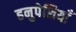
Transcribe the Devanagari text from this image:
हनुपेशियाँ